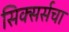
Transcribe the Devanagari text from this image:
सिक्सर्सचा